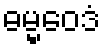
ဓမ္မဝေဒံ